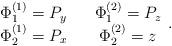
LaTeX: \begin{align*}\begin{array}{ccc}\Phi^{(1)}_1=P_y&{ } & \Phi^{(2)}_1=P_z \\ \Phi^{(1)}_2=P_x & { }&\Phi^{(2)}_2=z \end{array}.\end{align*}